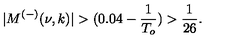
| M ^ { ( - ) } ( \nu , k ) | > ( 0 . 0 4 - \frac { 1 } { T _ { o } } ) > \frac { 1 } { 2 6 } .